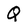
Character: Q